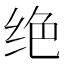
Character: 绝